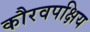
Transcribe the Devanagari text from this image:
कौरवपक्षिय